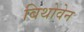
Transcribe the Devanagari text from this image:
बिथोवेन